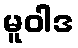
မူဝါဒ